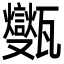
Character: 㽊